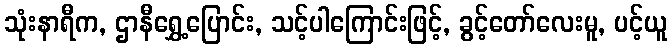
သုံးနာရီက, ဌာနီရွှေ့ပြောင်း, သင့်ပါကြောင်းဖြင့်, ခွင့်တော်လေးမူ, ပင့်ယူ